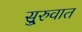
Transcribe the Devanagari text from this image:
सु्रुवात